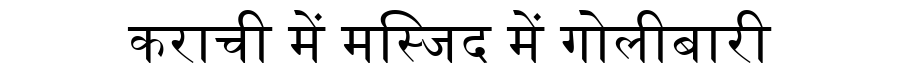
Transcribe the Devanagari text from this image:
कराची में मस्जिद में गोलीबारी